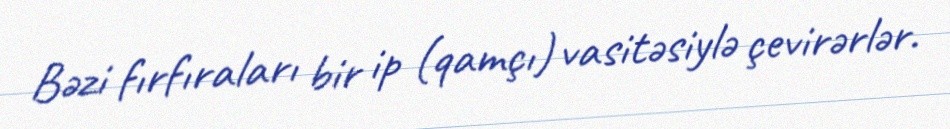
Bəzi fırfıraları bir ip (qamçı) vasitəsiylə çevirərlər.